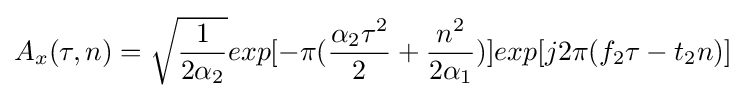
A_{x}(\tau ,n)={\sqrt {\frac {1}{2\alpha _{2}}}}exp[-\pi ({\frac {\alpha _{2}\tau ^{2}}{2}}+{\frac {n^{2}}{2\alpha _{1}}})]exp[j2\pi (f_{2}\tau -t_{2}n)]